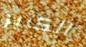
الكثير